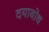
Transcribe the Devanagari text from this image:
दयाबोध